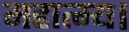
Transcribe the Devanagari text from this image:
महात्म्य।